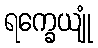
ရက္ခေယျုံ